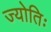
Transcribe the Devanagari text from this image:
ज्योतिः